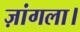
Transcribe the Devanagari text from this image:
ज़ांगला।